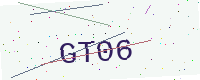
Text: GT06